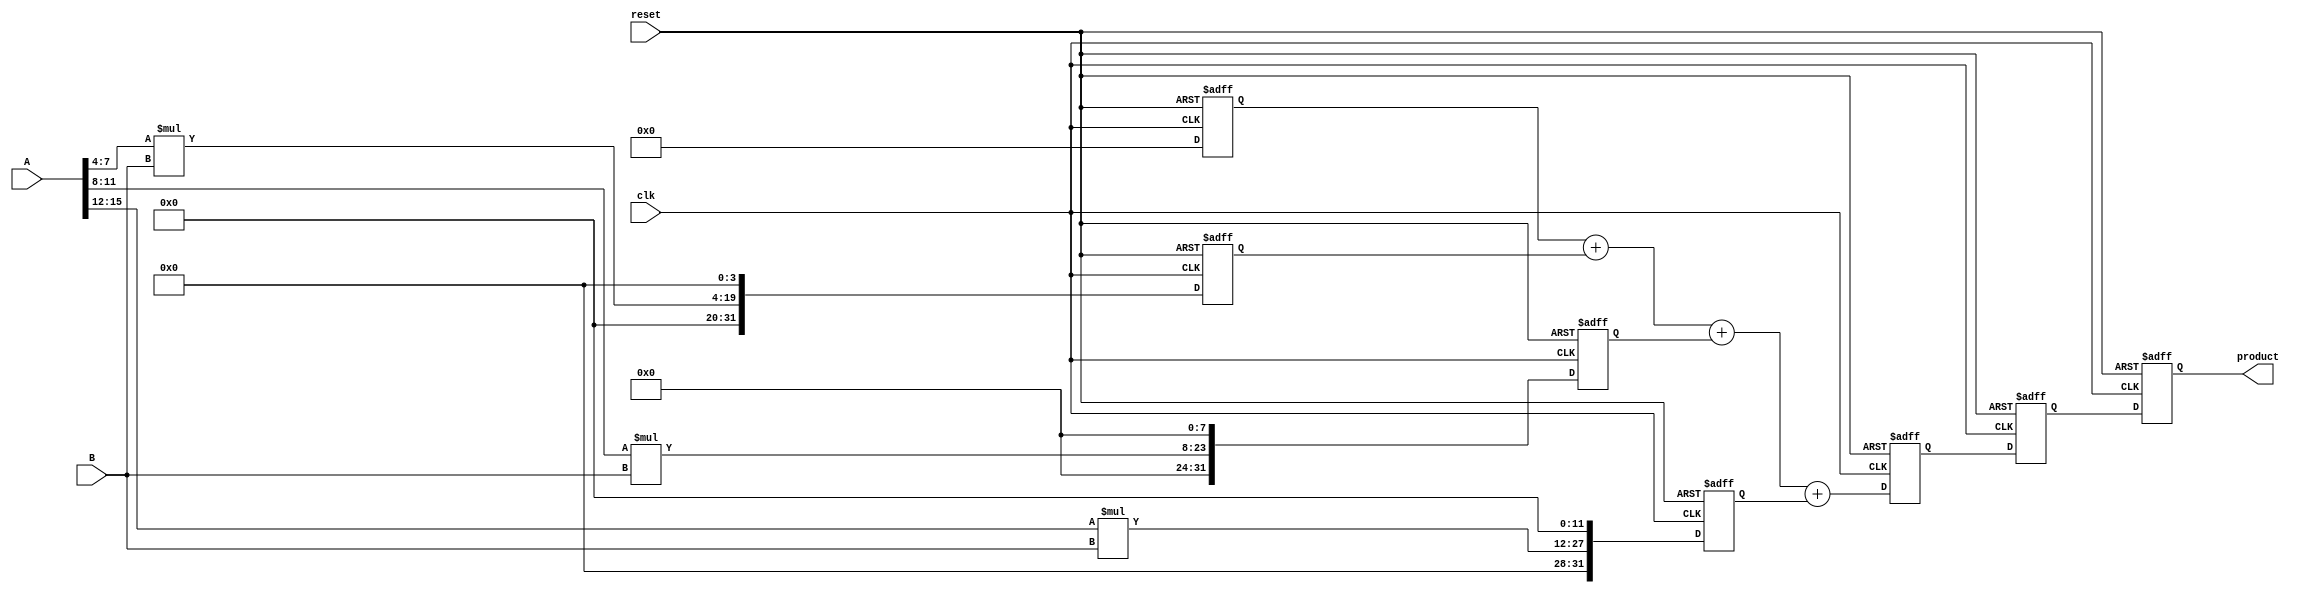
module PipelinedSlicedMultiplier (
    input wire clk,
    input wire reset,
    input wire [15:0] A, // 16-bit input A
    input wire [15:0] B, // 16-bit input B
    output reg [31:0] product // 32-bit output product
);

    // Intermediate signals
    reg [3:0] A_slice [0:3]; // 4 slices of A
    reg [3:0] B_slice [0:3]; // 4 slices of B
    reg [15:0] partial_products [0:3]; // Partial products
    reg [31:0] sum;
    reg [31:0] final_product;

    // Pipeline registers
    reg [31:0] stage1 [0:3]; // Stage 1: Partial product generation
    reg [31:0] stage2;        // Stage 2: Summing partial products
    reg [31:0] stage3;        // Stage 3: Final product

    // Slicing operation
    always @(*) begin
        A_slice[0] = A[3:0];
        A_slice[1] = A[7:4];
        A_slice[2] = A[11:8];
        A_slice[3] = A[15:12];
        B_slice[0] = B[3:0];
        B_slice[1] = B[7:4];
        B_slice[2] = B[11:8];
        B_slice[3] = B[15:12];
    end

    // Generate partial products in a combinational block
    always @(*) begin
        partial_products[0] = A_slice[0] * B; // All bits of B multiplied by A_slice[0]
        partial_products[1] = A_slice[1] * B; // All bits of B multiplied by A_slice[1]
        partial_products[2] = A_slice[2] * B; // All bits of B multiplied by A_slice[2]
        partial_products[3] = A_slice[3] * B; // All bits of B multiplied by A_slice[3]
    end

    // Pipeline stages
    always @(posedge clk or posedge reset) begin
        if (reset) begin
            stage1[0] <= 32'd0;
            stage1[1] <= 32'd0;
            stage1[2] <= 32'd0;
            stage1[3] <= 32'd0;
            stage2 <= 32'd0;
            stage3 <= 32'd0;
            product <= 32'd0;
        end else begin
            // Stage 1: Latch partial products
            stage1[0] <= {partial_products[0], 0}; // Shift left
            stage1[1] <= {partial_products[1], 4'd0}; // Shift left
            stage1[2] <= {partial_products[2], 8'd0}; // Shift left
            stage1[3] <= {partial_products[3], 12'd0}; // Shift left

            // Stage 2: Sum partial products
            sum = stage1[0] + stage1[1] + stage1[2] + stage1[3];
            stage2 <= sum;

            // Stage 3: Output final product
            stage3 <= stage2;
            product <= stage3;
        end
    end

endmodule